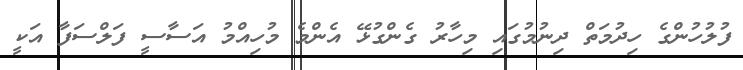
ފުލުހުންގެ ހިދުމަތް ދިނުމުގައި މިހާރު ގެންގުޅޭ އެންމެ މުހިއްމު އަސާސީ ފަލްސަފާ އަކީ